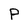
Character: P